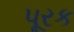
પૂરક